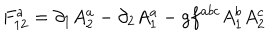
F _ { 1 2 } ^ { a } = \partial _ { 1 } A _ { 2 } ^ { a } - \partial _ { 2 } A _ { 1 } ^ { a } - g f ^ { a b c } A _ { 1 } ^ { b } A _ { 2 } ^ { c }